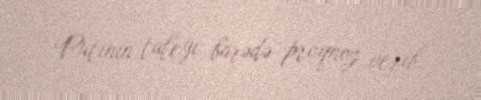
Putinin taleyi barədə proqnoz verib.